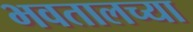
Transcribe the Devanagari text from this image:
भवतालच्या